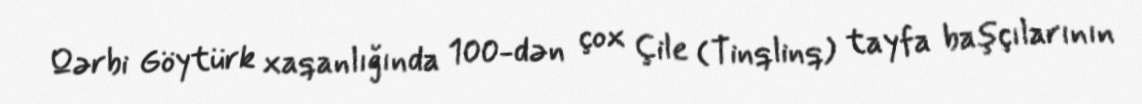
Qərbi Göytürk xaqanlığında 100-dən çox Çile (Tinqlinq) tayfa başçılarının